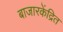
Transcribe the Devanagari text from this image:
बाजारकेंद्रित